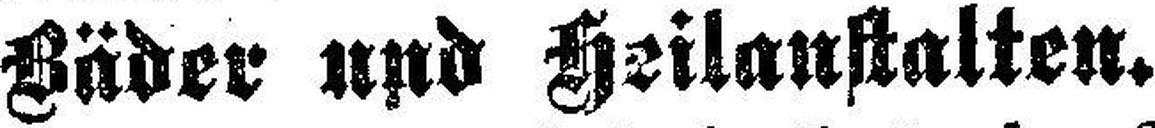
Bäder und Heilanstalten.